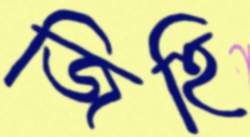
জিহি